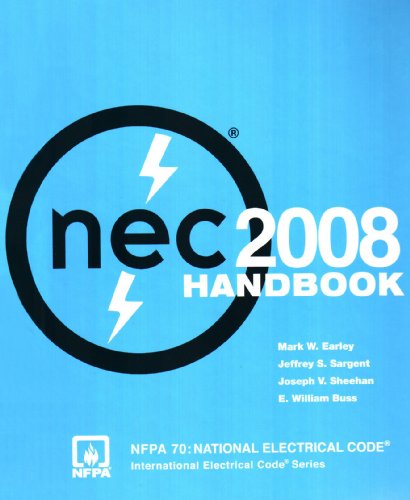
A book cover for National Electrical Code 2008 Handbook (National Electrical Code Handbook); National Fire Protection Association; Law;